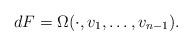
LaTeX: \begin{align*} dF= \Omega(\cdot, v_1,\ldots, v_{n-1}). \end{align*}